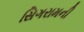
સિગરામની